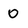
Character: 0